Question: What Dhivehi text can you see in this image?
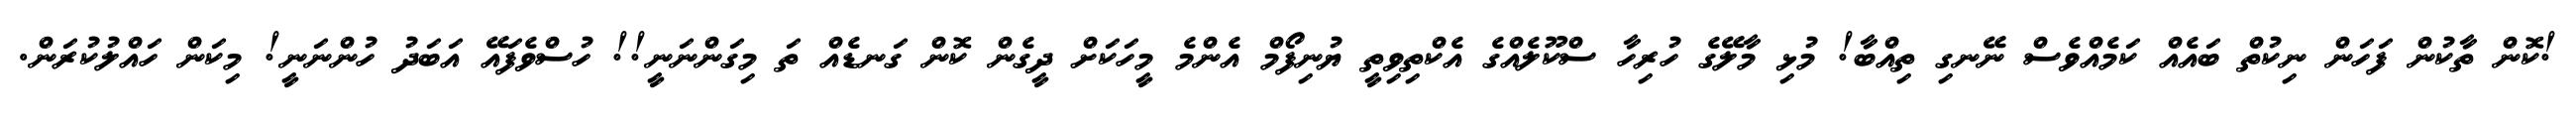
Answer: !ކޮން ތާކުން ފަހަން ނިކުތް ބައެއް ކަމެއްވެސް ނޭނގި ތިއްބާ! މުޅި މާލޭގެ ހުރިހާ ސްކޫލެއްގެ އެކްތިވިތީ ޔުނިފޯމް އެންމެ މީހަކަށް ދީގެން ކޮން ގަނޑެއް ތަ މިގަންނަނީ!! ހުސްވެފައޭ އަބަދު ހުންނަނީ! މިކަން ހައްލުކުރަން.